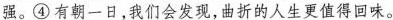
强。④有朝一日，我们会发现，曲折的人生更值得回味。